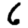
Digit: 6